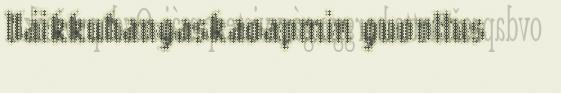
Váikkuhangaskaoapmin guovllus